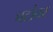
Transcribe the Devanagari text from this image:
घटांतर